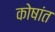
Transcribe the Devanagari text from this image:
कोषांत